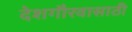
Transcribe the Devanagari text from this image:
देशगौरवासाठी